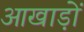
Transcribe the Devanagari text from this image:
आखाड़ों